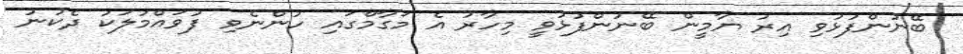
ބޭނުންފުޅުވި އިރު ޔާމީން ބޭނުންފުޅުވީ މިހާރު އެ މަގާމްގައި ހުންނެވި ފުވައްމުލަކު ދެކުނު